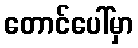
တောင်ပေါ်မှာ